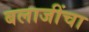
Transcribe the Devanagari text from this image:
बलाजींचा